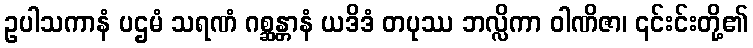
ဥပါသကာနံ ပဌမံ သရဏံ ဂစ္ဆန္တာနံ ယဒိဒံ တပုဿ ဘလ္လိကာ ဝါဏိဇာ၊ ၎င်းင်းတို့၏